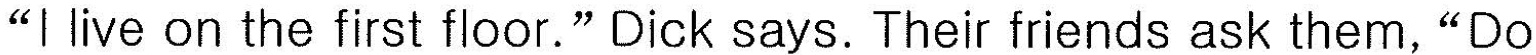
"I live on the first floor." Dick says. Their friends ask them,"Do